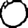
Digit: 0